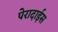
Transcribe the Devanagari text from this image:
पेरादाईस